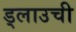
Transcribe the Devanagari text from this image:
ड्लाउची